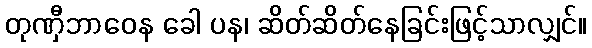
တုဏှီဘာဝေန ခေါ ပန၊ ဆိတ်ဆိတ်နေခြင်းဖြင့်သာလျှင်။